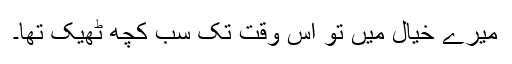
میرے خیال میں تو اس وقت تک سب کچھ ٹھیک تھا۔